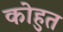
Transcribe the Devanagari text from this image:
कोहुत